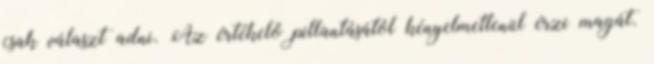
csak választ adni. Az értékelő pillantásától kényelmetlenül érzi magát.